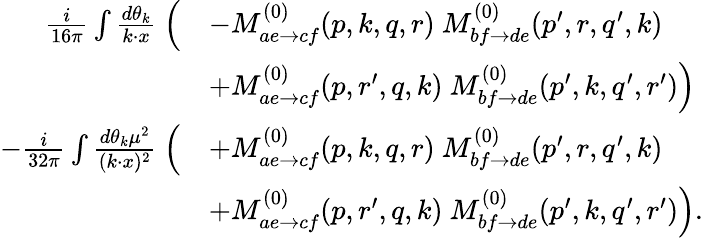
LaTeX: \begin{array}{rl}{\frac{i}{16\pi}\int\frac{d\theta_{k}}{k\cdot x}\ \Bigl(}&{-M_{ae\to cf}^{(0)}(p,k,q,r)\ M_{bf\to de}^{(0)}(p^{\prime},r,q^{\prime},k)}\\ &{+M_{ae\to cf}^{(0)}(p,r^{\prime},q,k)\ M_{bf\to de}^{(0)}(p^{\prime},k,q^{\prime},r^{\prime})\Bigr)}\\ {-\frac{i}{32\pi}\int\frac{d\theta_{k}\mu^{2}}{(k\cdot x)^{2}}\ \Bigl(}&{+M_{ae\to cf}^{(0)}(p,k,q,r)\ M_{bf\to de}^{(0)}(p^{\prime},r,q^{\prime},k)}\\ &{+M_{ae\to cf}^{(0)}(p,r^{\prime},q,k)\ M_{bf\to de}^{(0)}(p^{\prime},k,q^{\prime},r^{\prime})\Bigr).}\end{array}